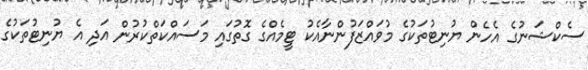
ސެކްޝަނުގެ އެހެން ޔުނިޓުތަކުގެ މުވައްޒަފުންނާއެކު ޓީމެއްގެ ގޮތުގައި މަސައްކަތްކުރުން އަދި އެ ޔުނިޓުތަކުގެ